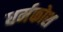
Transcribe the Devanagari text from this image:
धर्मकोश